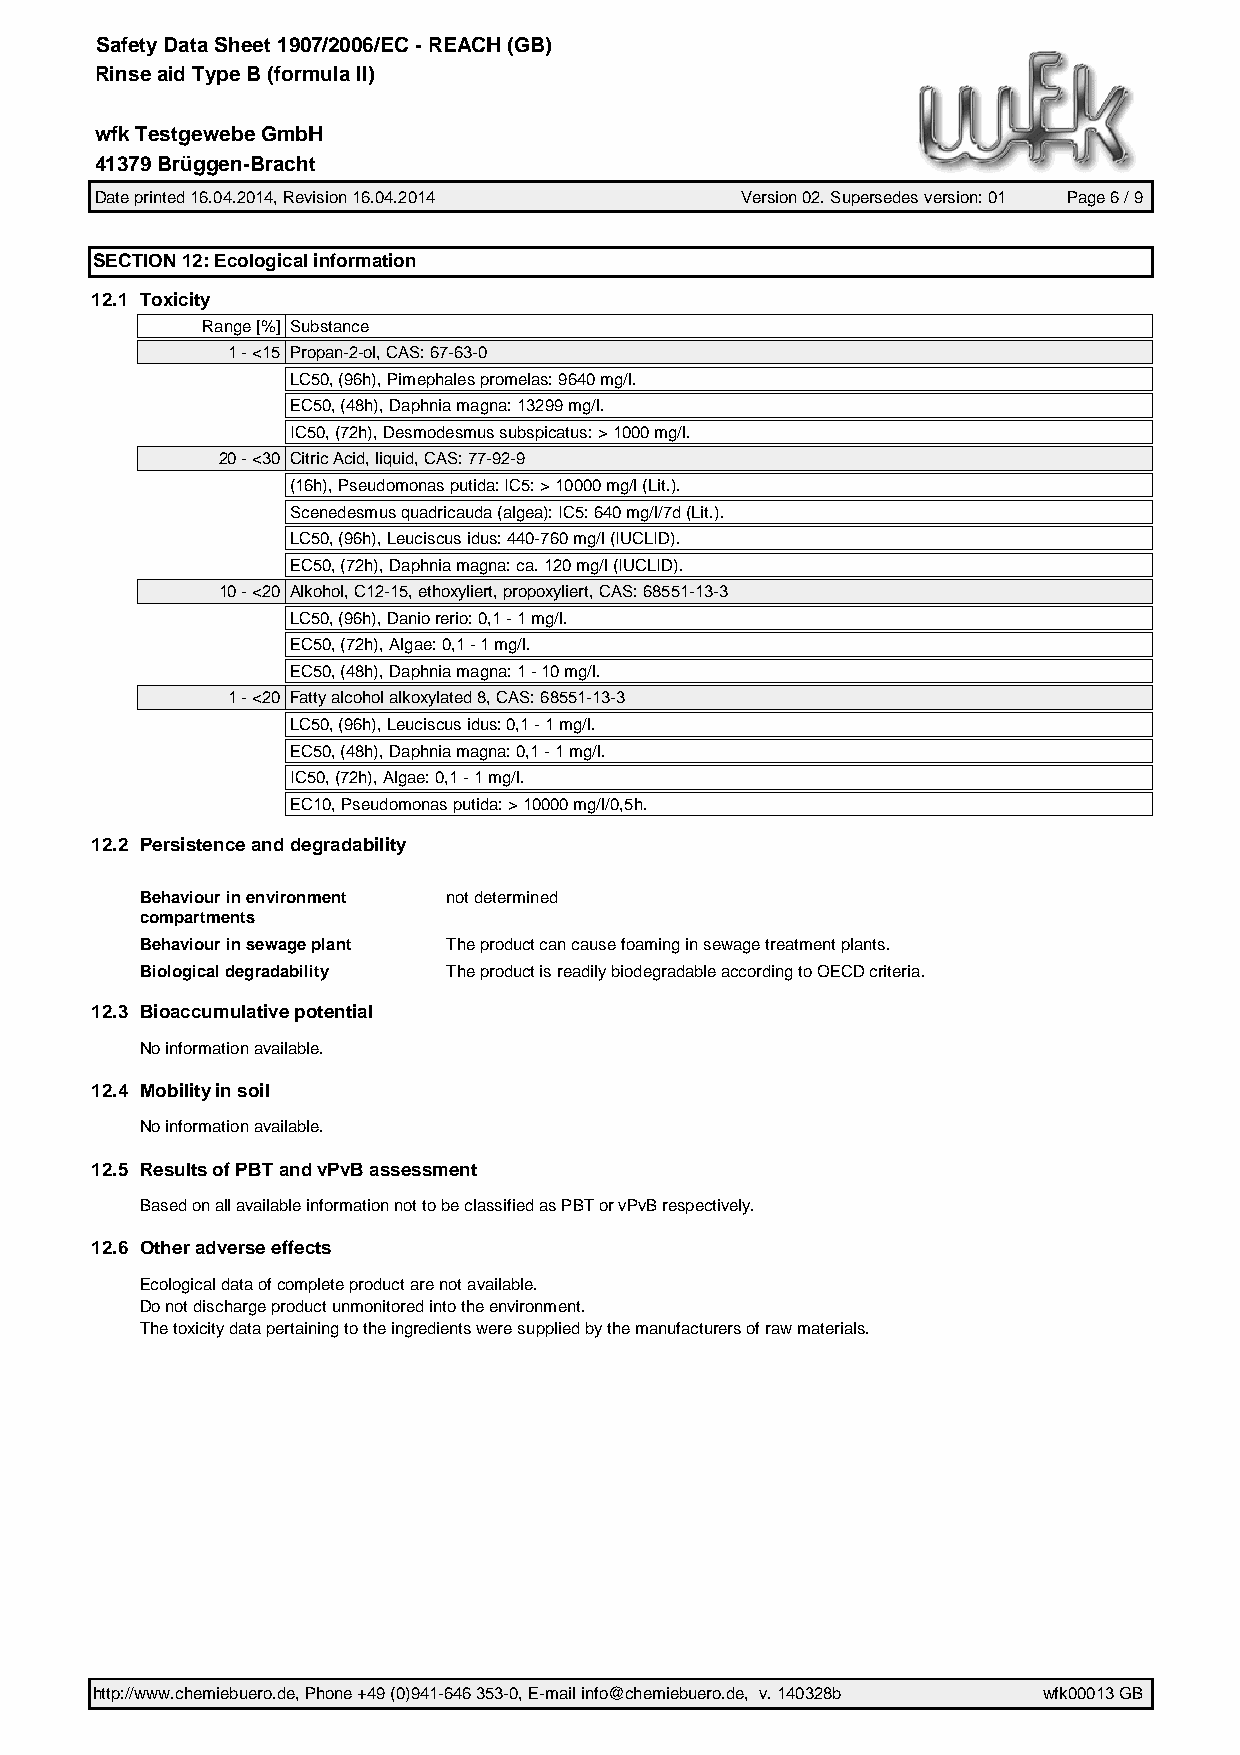
Safety Data Sheet 1907/2006/EC - REACH (GB)
 Rinse aid Type B (formula II)
 wfk Testgewebe GmbH
 41379 Brüggen-Bracht
 Date printed 16.04.2014, Revision 16.04.2014 Version 02. Supersedes version: 01 Page 6 / 9
 SECTION 12: Ecological information
 12.1 Toxicity
 Range [%] Substance
 1 - <15 Propan-2-ol, CAS: 67-63-0
 LC50, (96h), Pimephales promelas: 9640 mg/l.
 EC50, (48h), Daphnia magna: 13299 mg/l.
 IC50, (72h), Desmodesmus subspicatus: > 1000 mg/l.
 20 - <30 Citric Acid, liquid, CAS: 77-92-9
 (16h), Pseudomonas putida: IC5: > 10000 mg/l (Lit.).
 Scenedesmus quadricauda (algea): IC5: 640 mg/l/7d (Lit.).
 LC50, (96h), Leuciscus idus: 440-760 mg/l (IUCLID).
 EC50, (72h), Daphnia magna: ca. 120 mg/l (IUCLID).
 10 - <20 Alkohol, C12-15, ethoxyliert, propoxyliert, CAS: 68551-13-3
 LC50, (96h), Danio rerio: 0,1 - 1 mg/l.
 EC50, (72h), Algae: 0,1 - 1 mg/l.
 EC50, (48h), Daphnia magna: 1 - 10 mg/l.
 1 - <20 Fatty alcohol alkoxylated 8, CAS: 68551-13-3
 LC50, (96h), Leuciscus idus: 0,1 - 1 mg/l.
 EC50, (48h), Daphnia magna: 0,1 - 1 mg/l.
 IC50, (72h), Algae: 0,1 - 1 mg/l.
 EC10, Pseudomonas putida: > 10000 mg/l/0,5h.
 12.2 Persistence and degradability
 Behaviour in environment not determined
 compartments
 Behaviour in sewage plant The product can cause foaming in sewage treatment plants.
 Biological degradability The product is readily biodegradable according to OECD criteria.
 12.3 Bioaccumulative potential
 No information available.
 12.4 Mobility in soil
 No information available.
 12.5 Results of PBT and vPvB assessment
 Based on all available information not to be classified as PBT or vPvB respectively.
 12.6 Other adverse effects
 Ecological data of complete product are not available.
 Do not discharge product unmonitored into the environment.
 The toxicity data pertaining to the ingredients were supplied by the manufacturers of raw materials.
 http://www.chemiebuero.de, Phone +49 (0)941-646 353-0, E-mail info@chemiebuero.de, v. 140328b wfk00013 GB